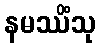
နမဿိံသု